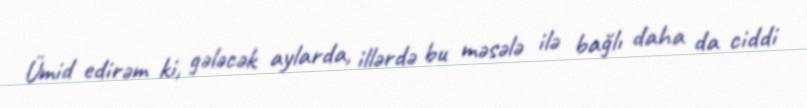
Ümid edirəm ki, gələcək aylarda, illərdə bu məsələ ilə bağlı daha da ciddi